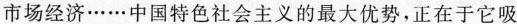
市场经济……中国特色社会主义的最大优势，正在于它吸